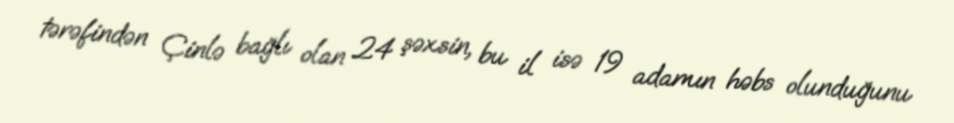
tərəfindən Çinlə bağlı olan 24 şəxsin, bu il isə 19 adamın həbs olunduğunu